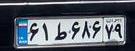
۶۱ط۶۸۶۷۹